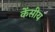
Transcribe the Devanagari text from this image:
केंसीय